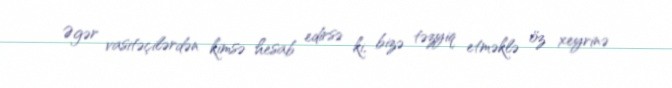
Əgər vasitəçilərdən kimsə hesab edirsə ki, bizə təzyiq etməklə öz xeyrinə